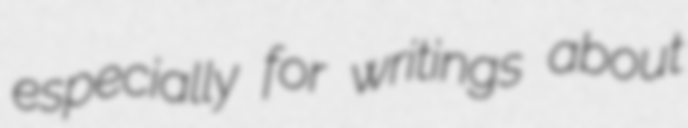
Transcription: especially for writings about